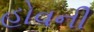
હોવની